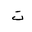
Letter: _ta